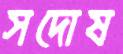
সদোষ